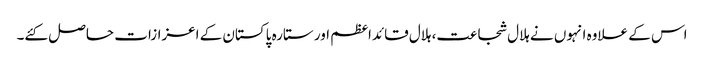
اس کے علاوہ انہوں نے ہلال شجاعت، ہلال قائداعظم اور ستارہ پاکستان کے اعزازات حاصل کئے۔